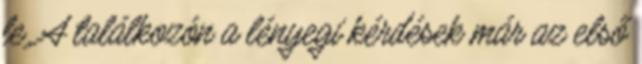
le. A találkozón a lényegi kérdések már az első